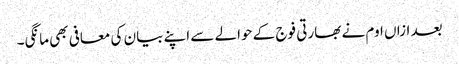
بعد ازاں اوم نے بھارتی فوج کے حوالے سے اپنے بیان کی معافی بھی مانگی۔